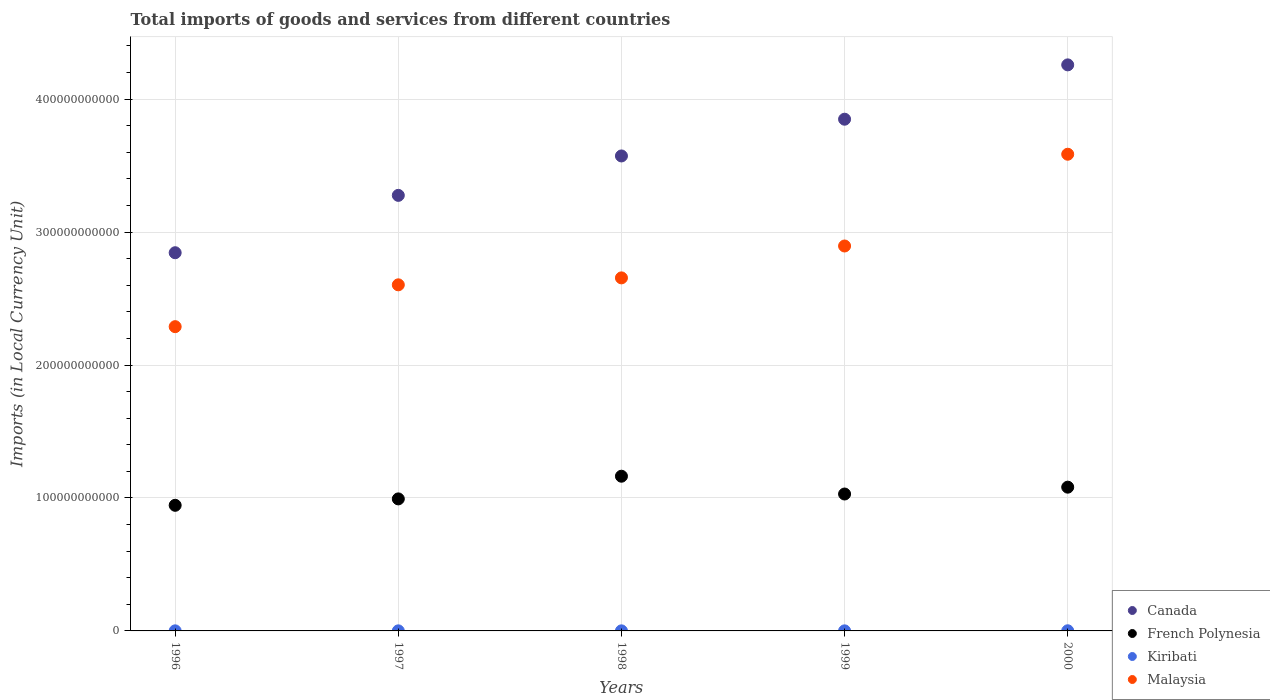
| Years | Canada | French Polynesia | Kiribati | Malaysia |
 | --- | --- | --- | --- | --- |
 | 1996 | 2.84e+11 | 9.45e+10 | 5.91e+07 | 2.29e+11 |
 | 1997 | 3.28e+11 | 9.93e+10 | 5.78e+07 | 2.6e+11 |
 | 1998 | 3.57e+11 | 1.16e+11 | 5.53e+07 | 2.66e+11 |
 | 1999 | 3.85e+11 | 1.03e+11 | 5.76e+07 | 2.9e+11 |
 | 2000 | 4.26e+11 | 1.08e+11 | 1.08e+08 | 3.59e+11 |